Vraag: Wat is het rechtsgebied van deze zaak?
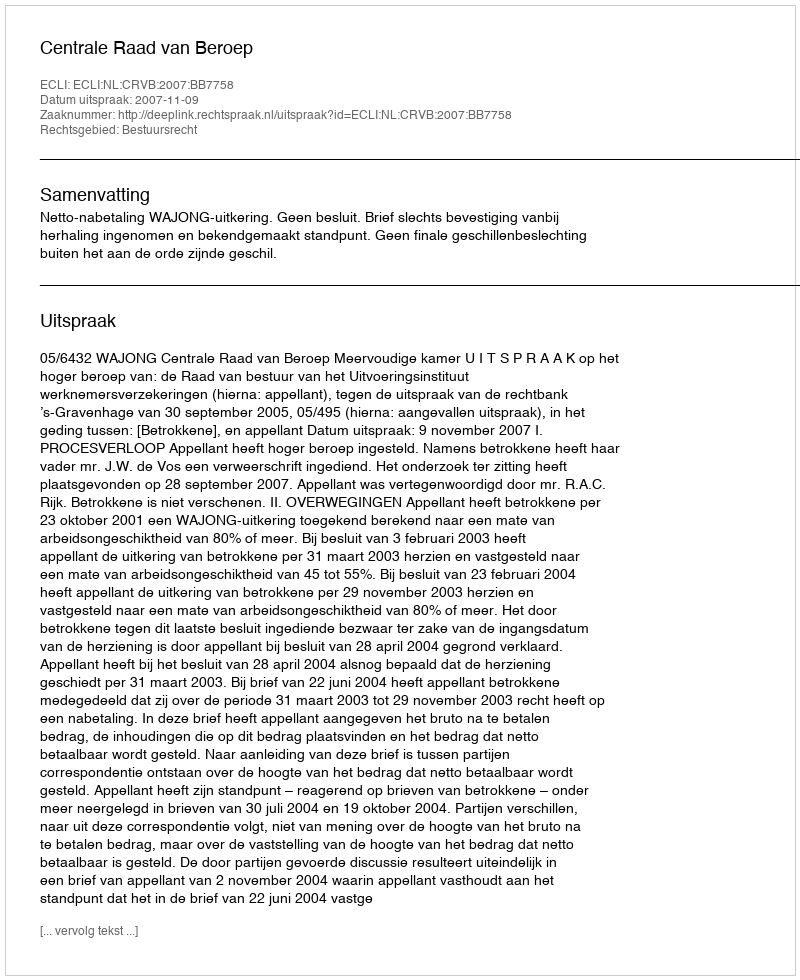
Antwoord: Bestuursrecht